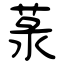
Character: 菉